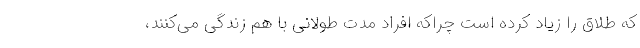
که طلاق را زیاد کرده است چراکه افراد مدت طولانی با هم زندگی می‌کنند،